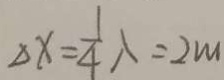
\Delta x = \frac { 1 } { 4 } \lambda = 2 m